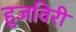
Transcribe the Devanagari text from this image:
हुजविरी